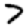
Digit: 7